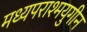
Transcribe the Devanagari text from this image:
मध्यपराश्मयुगीन